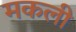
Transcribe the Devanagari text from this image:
मकली